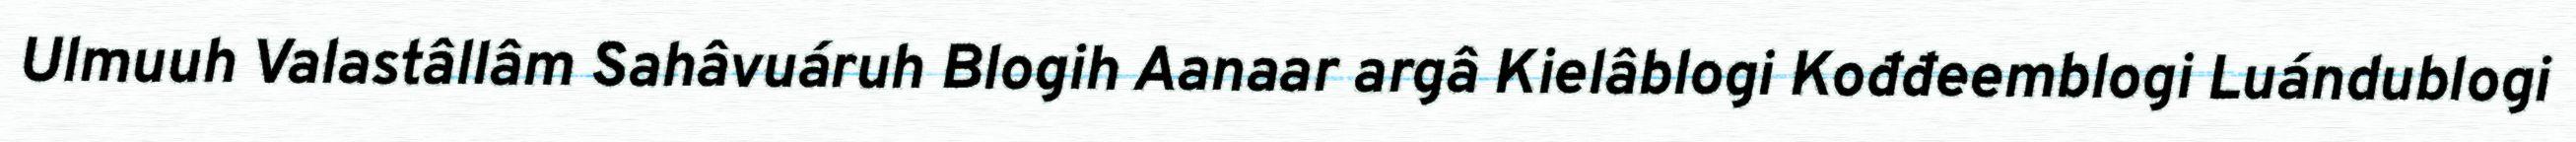
Ulmuuh Valastâllâm Sahâvuáruh Blogih Aanaar argâ Kielâblogi Kođđeemblogi Luándublogi